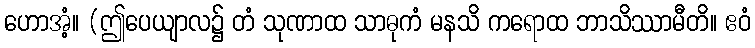
ဟောအံ့။ (ဤပေယျာလ၌ တံ သုဏာထ သာဓုကံ မနသိ ကရောထ ဘာသိဿာမီတိ။ ဧဝံ